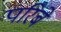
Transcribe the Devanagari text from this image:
परिबे